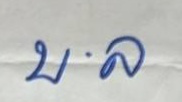
บ . ล